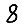
Digit: 8